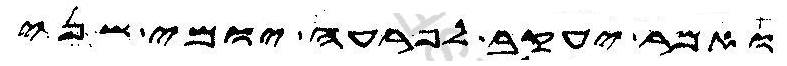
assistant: ואמר יעקב לפרעה יומי שני